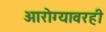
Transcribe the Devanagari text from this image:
आरोग्यावरही